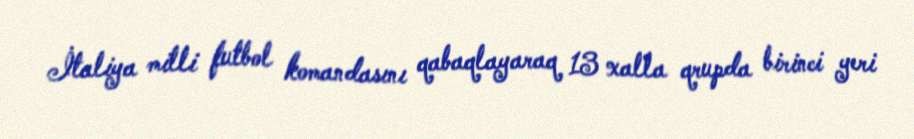
İtaliya milli futbol komandasını qabaqlayaraq 13 xalla qrupda birinci yeri